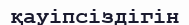
қауіпсіздігін